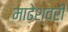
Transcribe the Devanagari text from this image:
माढेश्वरी